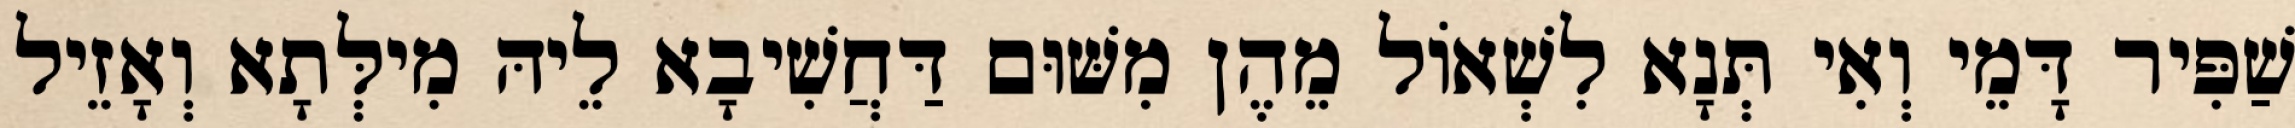
שַׁפִּיר דָּמֵי וְאִי תְּנָא לִשְׁאוֹל מֵהֶן מִשּׁוּם דַּחֲשִׁיבָא לֵיהּ מִילְּתָא וְאָזֵיל